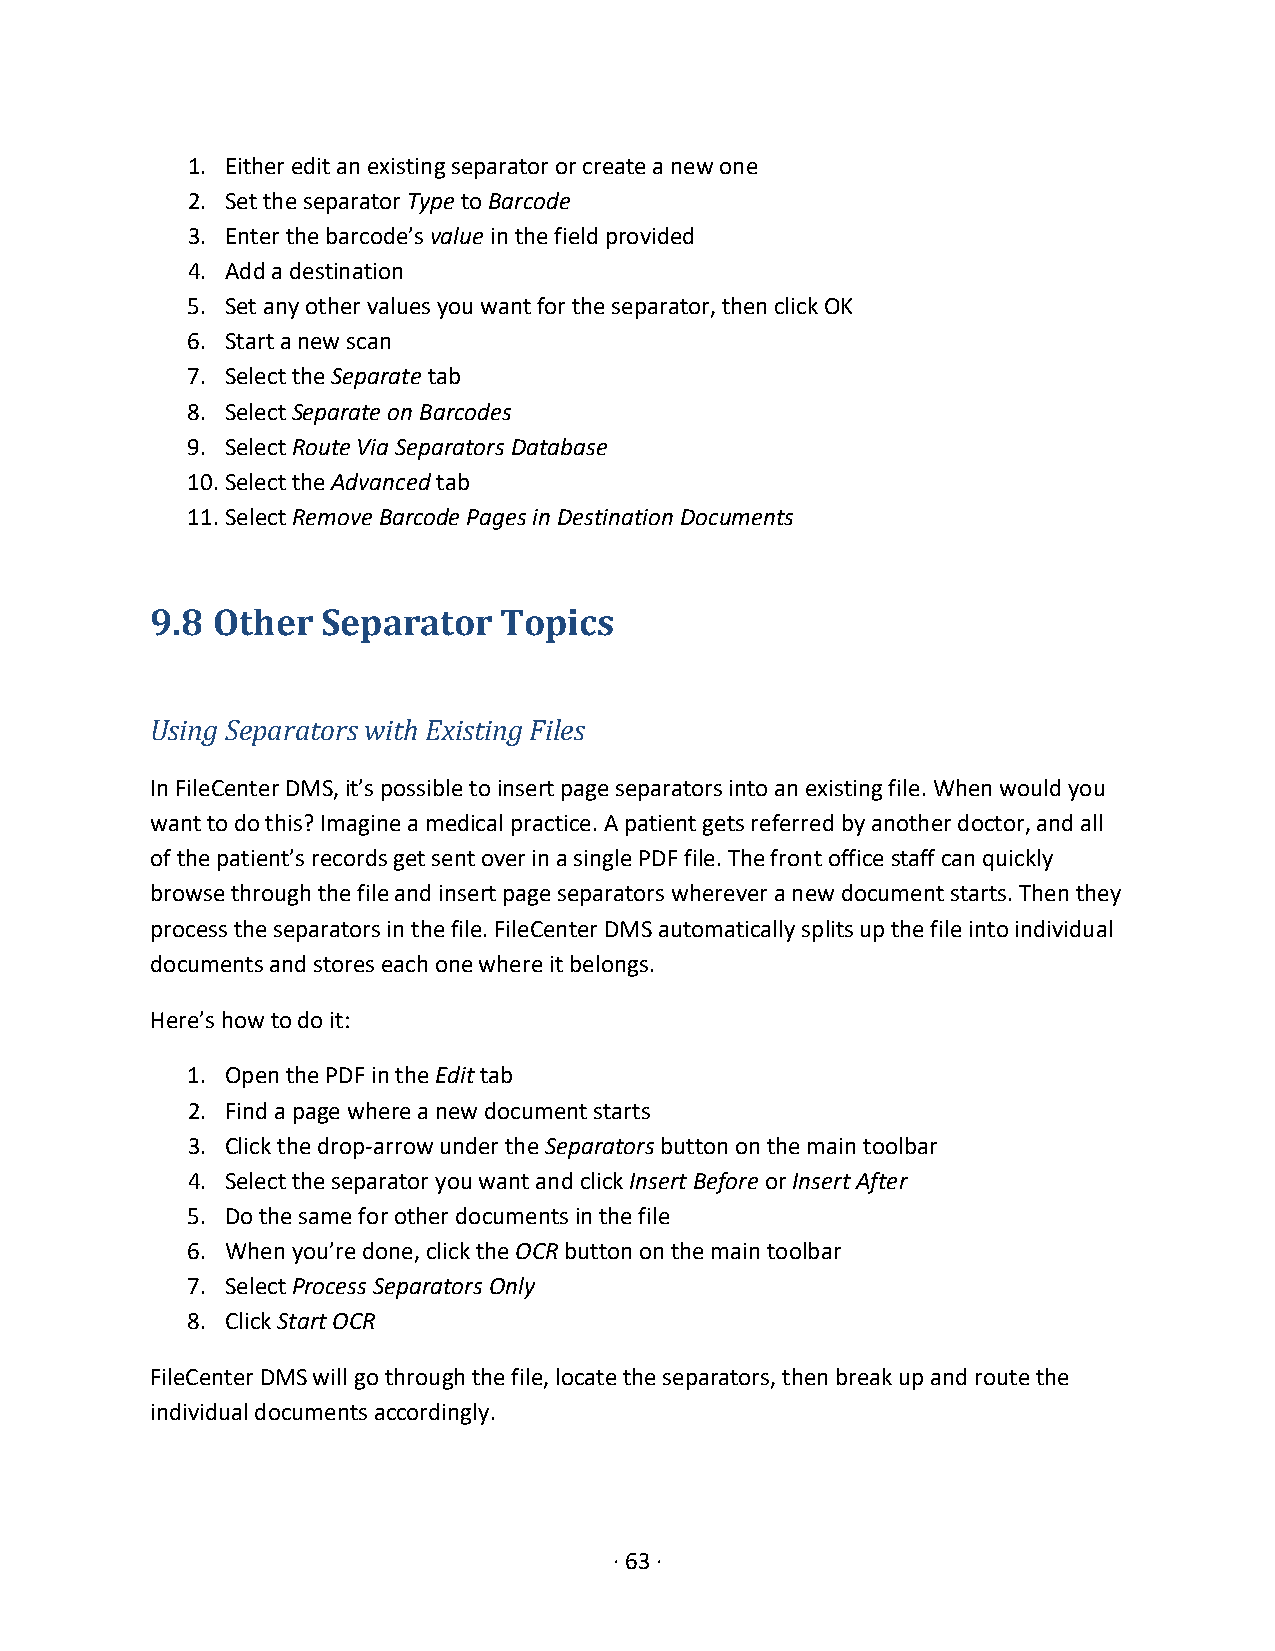
1. Either edit an existing separator or create a new one
 2. Set the separator Type to Barcode
 3. Enter the barcode’s value in the field provided
 4. Add a destination
 5. Set any other values you want for the separator, then click OK
 6. Start a new scan
 7. Select the Separate tab
 8. Select Separate on Barcodes
 9. Select Route Via Separators Database
 10. Select the Advanced tab
 11. Select Remove Barcode Pages in Destination Documents
 9.8 Other  Separator   Topics
 Using Separators with Existing Files
 In FileCenter DMS, it’s possible to insert page separators into an existing file. When would you
 want to do this? Imagine a medical practice. A patient gets referred by another doctor, and all
 of the patient’s records get sent over in a single PDF file. The front office staff can quickly
 browse through the file and insert page separators wherever a new document starts. Then they
 process the separators in the file. FileCenter DMS automatically splits up the file into individual
 documents and stores each one where it belongs.
 Here’s how to do it:
 1. Open the PDF in the Edit tab
 2. Find a page where a new document starts
 3. Click the drop-arrow under the Separators button on the main toolbar
 4. Select the separator you want and click Insert Before or Insert After
 5. Do the same for other documents in the file
 6. When you’re done, click the OCR button on the main toolbar
 7. Select Process Separators Only
 8. Click Start OCR
 FileCenter DMS will go through the file, locate the separators, then break up and route the
 individual documents accordingly.
 · 63 ·